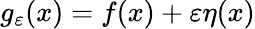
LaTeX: g_{\varepsilon}(x)=f(x)+\varepsilon\eta(x)